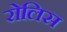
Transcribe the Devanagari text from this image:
रोलिस